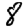
Digit: 8